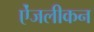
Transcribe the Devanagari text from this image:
ऐंजलीकन